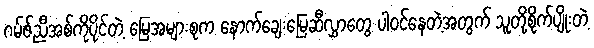
ဂမ်ဇ်ညီအစ်ကိုပိုင်တဲ့ မြေအများစုက နောက်ချေးမြေဆီလွှာတွေ ပါဝင်နေတဲ့အတွက် သူတို့စိုက်ပျိုးတဲ့